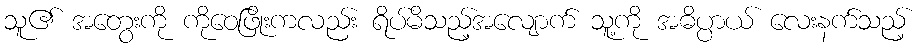
သူ၏ အတွေးကို ကိုဝေဖြိုးကလည်း ရိပ်မိသည့်အလျောက် သူ့ကို အဓိပ္ပာယ် လေးနက်သည့်